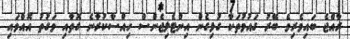
ރާއްޖެ ބައިވެރިވެ ބޭރު ގައުމުތަކާ ގުޅިގެން އިންޓެލިޖެންސް ހިއްސާކުރާނެ ގޮތާއި ވަގުތު އޮއްވައި